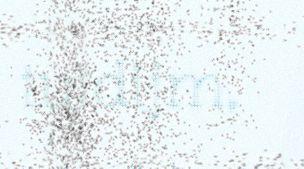
tuidijm,